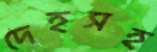
দেহসহ